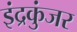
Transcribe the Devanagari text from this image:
इंद्रकुंजर